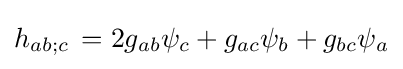
h_{ab;c}\,=2g_{ab}\psi _{c}+g_{ac}\psi _{b}+g_{bc}\psi _{a}